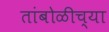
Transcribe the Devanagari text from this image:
तांबोळीच्या